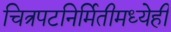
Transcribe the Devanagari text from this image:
चित्रपटनिर्मितीमध्येही